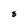
Character: S